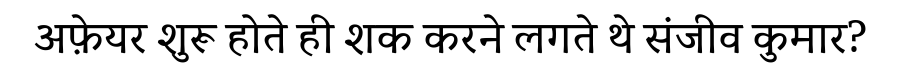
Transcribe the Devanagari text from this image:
अफ़ेयर शुरू होते ही शक करने लगते थे संजीव कुमार?